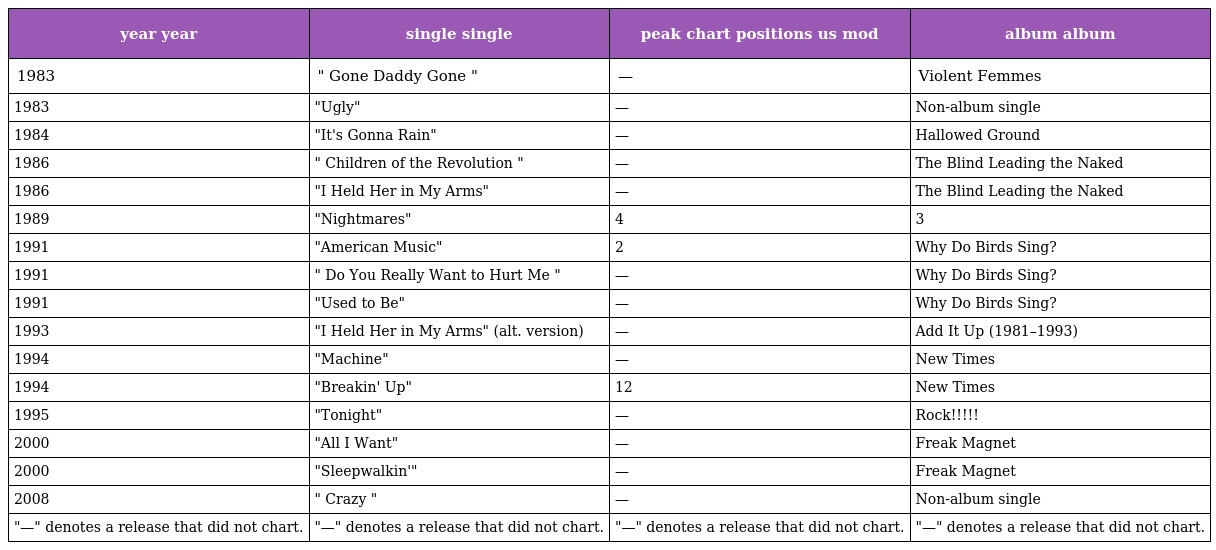
| year year | single single | peak chart positions us mod | album album |
 | --- | --- | --- | --- |
 | 1983 | " Gone Daddy Gone " | — | Violent Femmes |
 | 1983 | "Ugly" | — | Non-album single |
 | 1984 | "It's Gonna Rain" | — | Hallowed Ground |
 | 1986 | " Children of the Revolution " | — | The Blind Leading the Naked |
 | 1986 | "I Held Her in My Arms" | — | The Blind Leading the Naked |
 | 1989 | "Nightmares" | 4 | 3 |
 | 1991 | "American Music" | 2 | Why Do Birds Sing? |
 | 1991 | " Do You Really Want to Hurt Me " | — | Why Do Birds Sing? |
 | 1991 | "Used to Be" | — | Why Do Birds Sing? |
 | 1993 | "I Held Her in My Arms" (alt. version) | — | Add It Up (1981–1993) |
 | 1994 | "Machine" | — | New Times |
 | 1994 | "Breakin' Up" | 12 | New Times |
 | 1995 | "Tonight" | — | Rock!!!!! |
 | 2000 | "All I Want" | — | Freak Magnet |
 | 2000 | "Sleepwalkin'" | — | Freak Magnet |
 | 2008 | " Crazy " | — | Non-album single |
 | "—" denotes a release that did not chart. | "—" denotes a release that did not chart. | "—" denotes a release that did not chart. | "—" denotes a release that did not chart. |